Civil Veterinary Department Bihar & Orissa reports 1922-29 - 1922-1929
Year: 1922
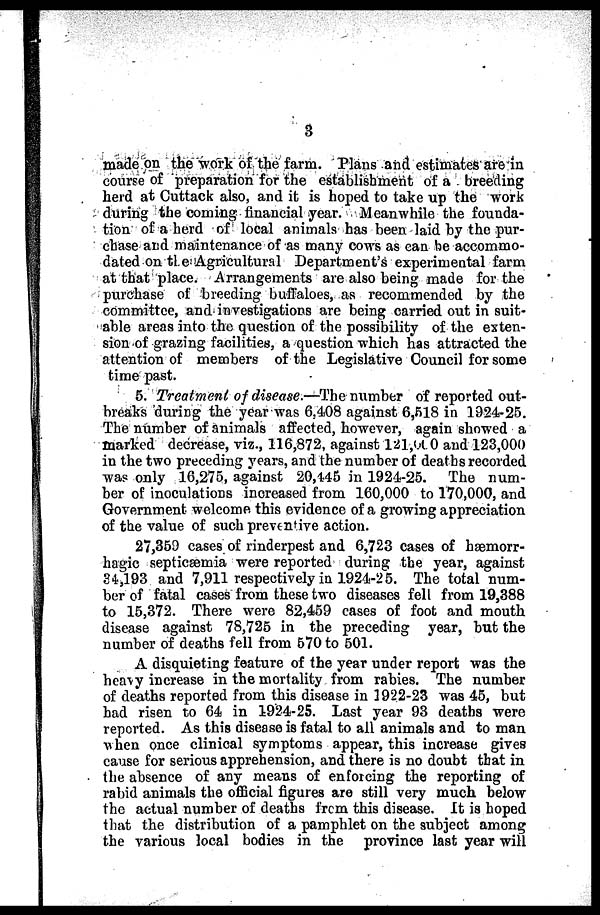
3
made on the work of the farm. Plans and estimates are in
course of preparation for the establishment of a breeding
herd at Cuttack also, and it is hoped to take up the work
during the coming financial year. Meanwhile the founda-
tion of a herd of local animals has been laid by the pur-
chase and maintenance of as many cows as can be accommo-
dated on the Agricultural Department's experimental farm
at that place. Arrangements are also being made for the
purchase of breeding buffaloes, as recommended by the
committee, and investigations are being carried out in suit-
able areas into the question of the possibility of the exten-
sion of grazing facilities, a question which has attracted the
attention of members of the Legislative Council for some
time past.
5. Treatment of disease.—The number of reported out-
breaks during the year was 6.408 against 6,518 in 1924-25.
The number of animals affected, however, again showed a
marked decrease, viz., 116,872, against 121,0 and 123,000
in the two preceding years, and the number of deaths recorded
was only 16,275, against 20,445 in 1924-25. The num-
ber of inoculations increased from 160,000 to 170,000, and
Government welcome this evidence of a growing appreciation
of the value of such preventive action.
27,359 cases of rinderpest and 6,723 cases of haemorr-
hagic septicaemia were reported during the year, against
84.,193 and 7,911 respectively in 1924-25. The total num-
ber of fatal cases from these two diseases fell from 19,388
to 15,372. There were 82,459 cases of foot and mouth
disease against 78,725 in the preceding year, but the
number of deaths fell from 670 to 501.
A disquieting feature of the year under report was the
heavy increase in the mortality from rabies. The number
of deaths reported from this disease in 1922-23 was 45, but
had risen to 64 in 1924-25. Last year 93 deaths were
reported. As this disease is fatal to all animals and to man
when once clinical symptoms appear, this increase gives
cause for serious apprehension, and there is no doubt that in
the absence of any means of enforcing the reporting of
rabid animals the official figures are still very much below
the actual number of deaths from this disease. It is hoped
that the distribution of a pamphlet on the subject among
the various local bodies in the province last year will